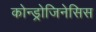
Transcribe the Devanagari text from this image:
कोन्ड्रोजिनेसिस